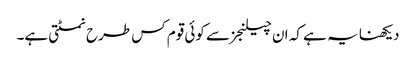
دیکھنا یہ ہے کہ ان چیلنجز سے کوئی قوم کس طرح نمٹتی ہے۔